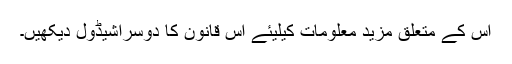
اس کے متعلق مزید معلومات کیلیئے اس قانون کا دوسراشیڈول دیکھیں۔